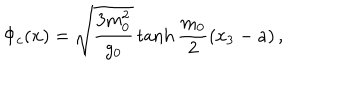
\Phi _ { c } ( { \bf x } ) = \sqrt { \frac { 3 m _ { 0 } ^ { 2 } } { g _ { 0 } } } \tanh \frac { m _ { 0 } } { 2 } ( x _ { 3 } - a ) \, ,